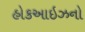
હોકઆઇઝનો